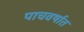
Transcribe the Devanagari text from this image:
पाचवर्षात